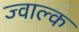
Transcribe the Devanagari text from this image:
ज्वाल्क